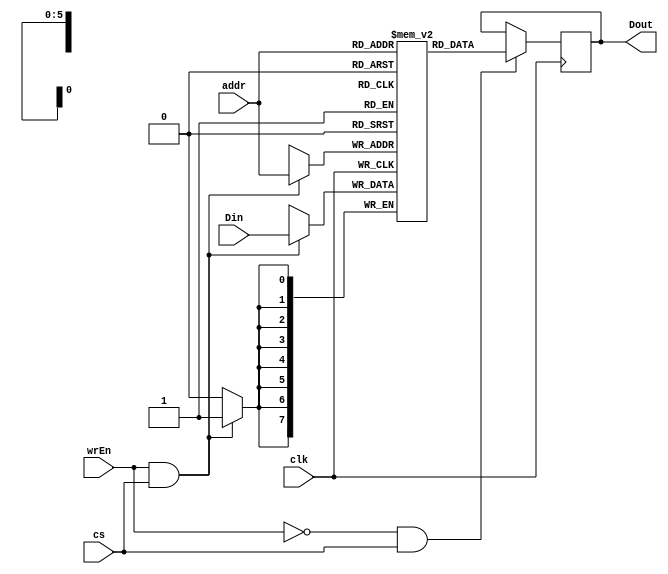
module lab5_comparch(addr, wrEn, clk, Din, Dout, cs);
		
		input [5:0] addr;
		input [7:0] Din;
		output reg [7:0] Dout;
		
		input cs;
		input wrEn;
		input clk;
		
		reg [7:0] memory [63:0]; //64 locations

		always @(posedge clk) begin
			if(wrEn == 1 && cs == 1) 
            memory[addr] <= Din;
        end
		  
		always @(posedge clk) begin
			if(wrEn == 0 && cs == 1) 
				Dout <= memory[addr];
		end

endmodule